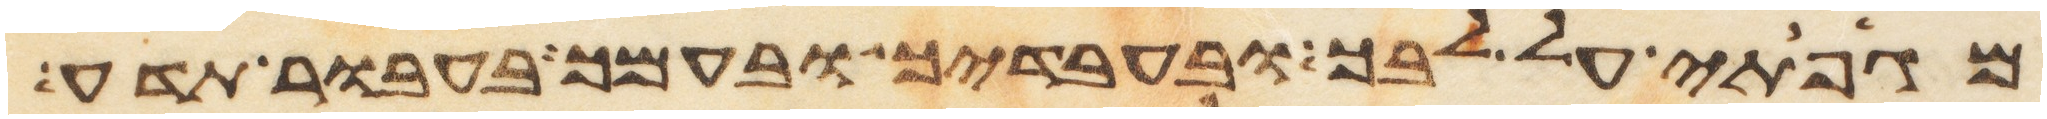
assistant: מגפתי על לבך ובעבדיך ובעמך בעבור תדע